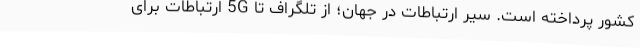
کشور پرداخته است. سیر ارتباطات در جهان؛ از تلگراف تا 5G ارتباطات برای